Report on vaccination in Madras 1895-1903 - 1895-1903
Year: 1895
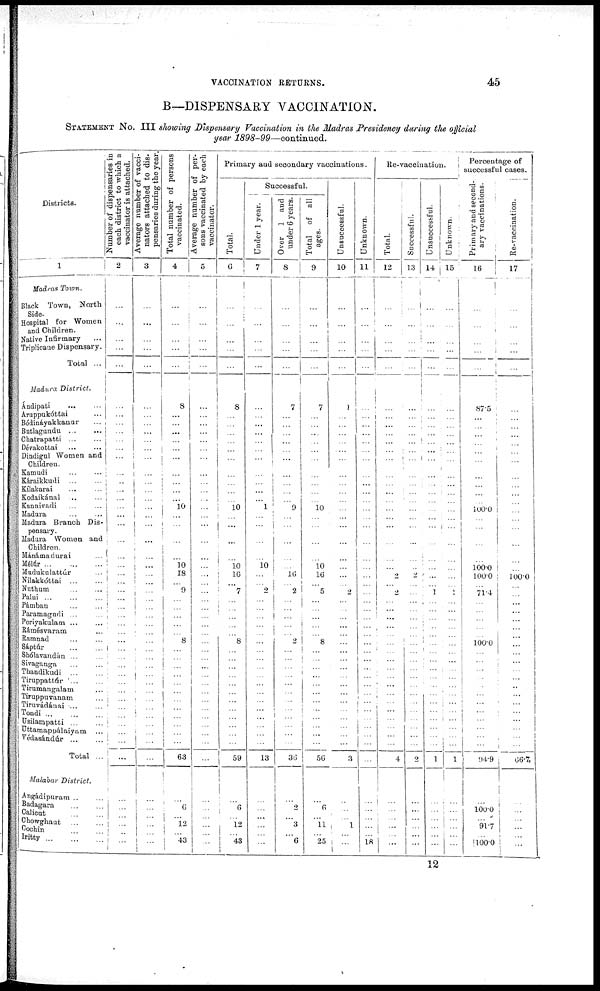
VACCINATION RETURNS.
45
B—DISPENSARY VACCINATION.
STATEMENT No. III showing Dispensary Vaccination in the Madras Presidency during the official
year 1898-99—continued.
Districts.
1
Madras Town.
Black Town, North
Side.
Hospital for Women
and Children.
Native Infirmary ...
Triplicane Dispensary.
Total ...
Madura
District.
Ándipati
...
...
Aruppukóttai
...
Bódináyakkanur
...
Butlagundu
...
...
Chatrapatti ... ...
Dévakottai
...
...
Dindigul Women and
Children.
Kamudi
...
...
Káraikkudi ... ...
Kílakarai ... ...
Kodaikánal ... ...
Kannivadi ... ...
Madura
...
...
Madura Branch Dis-
pensary.
Madura Women and
Children.
Mánámadurai ...
Mélúr
...
...
...
Mudukulattúr ...
Nilakkóttai
...
...
Nuthum
...
...
Palui
...
...
...
Pámban ... ...
Paramagudi ... ...
Periyakulam ... ...
Rámésvaram ...
Ramnad ... ...
Sáptúr
...
...
Shólavandán ... ...
Sivaganga ... ...
Thandikudi
...
...
Tiruppattúr
...
...
Tirumangalam ...
Tiruppuvanam ...
Tiruvádánai
...
...
Tondi
...
...
...
Usilampatti ... ...
Uttamappálaiyam ...
Védasándúr
...
...
Total ...
Malabar
District.
Angádipuram ... ...
Badagara
...
...
Calicut ... ...
Chowghaut
...
...
Cochin
...
...
Iritty
...
...
...
Number of dispensaries in
each district to which a
vaccinator is attached.
2
...
...
...
...
...
...
...
...
...
...
...
...
...
...
...
...
...
...
...
...
...
...
...
...
...
...
...
...
...
...
...
...
...
...
...
...
...
...
...
...
...
...
...
...
...
...
...
...
...
...
Average number of vacci-
nators attached to dis-
pensaries during the year.
3
...
...
...
...
...
...
...
...
...
...
...
...
...
...
... ...
...
...
...
...
...
...
...
...
...
... ...
...
...
...
...
...
...
...
...
...
...
...
...
...
...
...
...
...
...
...
...
...
...
...
Total number of persons
vaccinated.
4
...
...
...
...
...
i
8
...
...
...
...
...
...
...
...
...
...
10
...
...
...
...
10
18
...
9
...
...
...
...
...
8
...
...
...
...
...
...
...
...
...
...
...
...
63
...
6
...
12
...
43
Average number of per-
sons vaccinated by each
vaccinator.
5
...
...
...
...
...
...
...
...
...
...
...
...
...
...
...
...
...
...
...
...
...
...
...
...
...
...
...
...
...
...
...
...
...
...
...
...
...
...
...
...
...
...
...
...
...
...
...
...
...
...
Primary and secondary vaccinations.
Total.
6
...
...
...
...
...
8
...
...
...
...
...
...
...
...
...
...
10
...
...
...
...
10
16
...
7
...
...
...
...
...
8
...
...
...
...
...
...
...
...
...
...
...
...
59
...
6
...
12
... 43
Successful.
Under 1 year.
7
...
...
...
...
...
...
...
...
...
...
...
...
...
...
...
...
1
...
...
...
...
10
...
...
2
...
...
...
...
...
...
...
...
...
...
...
...
...
...
...
...
...
...
13
...
...
...
...
...
...
Over 1 and
under 6 years.
8
...
...
...
...
...
7
...
...
...
...
...
...
...
...
...
...
9
...
...
...
...
...
16
...
2
...
...
...
...
...
2
...
...
...
...
...
...
...
...
...
...
...
...
36
...
2
...
3
...
6
Total
of all
ages.
9
...
...
...
...
...
7
...
...
...
...
...
...
...
...
...
...
10
...
...
...
...
10
16
...
5
...
...
...
...
...
8
...
...
...
...
...
...
...
...
...
...
...
...
56
...
6
...
11
...
25
Unsuccessful.
10
...
...
...
...
...
1
...
...
...
...
...
...
...
...
...
...
...
...
...
...
...
...
...
...
2
...
...
...
...
...
...
...
...
...
...
...
...
...
...
...
...
...
...
3
...
...
...
1
...
...
Unknown.
11
...
...
...
...
...
...
...
...
...
...
...
...
...
...
...
...
...
...
...
...
...
...
...
...
...
...
...
...
...
...
...
...
...
...
...
...
...
...
...
...
...
...
...
...
...
...
...
...
...
18
Re-vaccination.
Total.
12
...
...
...
...
...
...
...
...
...
...
...
...
...
...
...
...
...
...
...
...
...
...
2
...
2
...
...
...
...
...
...
...
...
...
...
...
...
...
...
...
...
...
...
4
...
...
...
...
...
...
Successful.
13
...
...
...
...
...
...
...
...
...
...
...
...
...
...
...
...
...
...
...
...
...
...
2
...
...
...
...
...
...
...
...
...
...
...
...
...
...
...
...
...
...
...
...
2
...
...
...
...
...
...
Unsuccessful.
14
...
...
...
...
...
...
...
...
...
...
...
...
...
...
...
...
...
...
...
...
...
...
...
...
1
...
...
...
...
...
...
...
...
...
...
...
...
...
...
...
...
...
...
1
...
...
...
...
...
...
Unknown.
15
...
...
...
...
...
...
...
...
...
...
...
...
...
...
...
...
...
...
...
...
...
...
...
...
1
...
...
...
...
...
...
...
...
...
...
...
...
...
...
...
...
...
...
1
...
...
...
...
...
...
Percentage of
successful cases.
Primary and second-
ary vaccinations.
16
...
...
...
...
...
87.5
...
...
...
...
...
...
...
...
...
...
100.0
...
...
...
...
100.0
100.0
...
71.4
...
...
...
...
...
100.0
...
...
...
...
...
...
...
...
...
...
...
...
94.9
...
100.0
...
91.7
...
100.0
Re-vaccination.
17
...
...
...
...
...
...
...
...
...
...
...
...
...
...
...
...
...
...
...
...
...
...
100.0
...
...
...
...
...
...
...
...
...
...
...
...
...
...
...
...
...
...
...
...
66.7
...
...
...
...
...
...
12